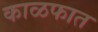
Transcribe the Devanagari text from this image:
काळफात